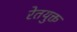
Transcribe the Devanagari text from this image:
रेतयुक्त